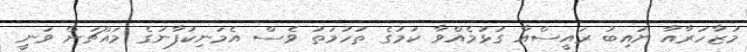
މުޒާހަރާއާ ނައިބު ރައީސްއާ ގުޅުމެއްވާ ކަމުގެ ތުހުމަތު ވެސް އެމަނިކުފާނުގެ މައްޗަށް ވަނީ